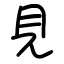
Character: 見